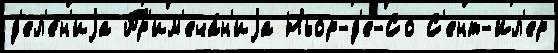
д'ел'е́н'иjа Пр'им'еча́н'иjа Ньор-д'е-Со С'ент-Ил'ер